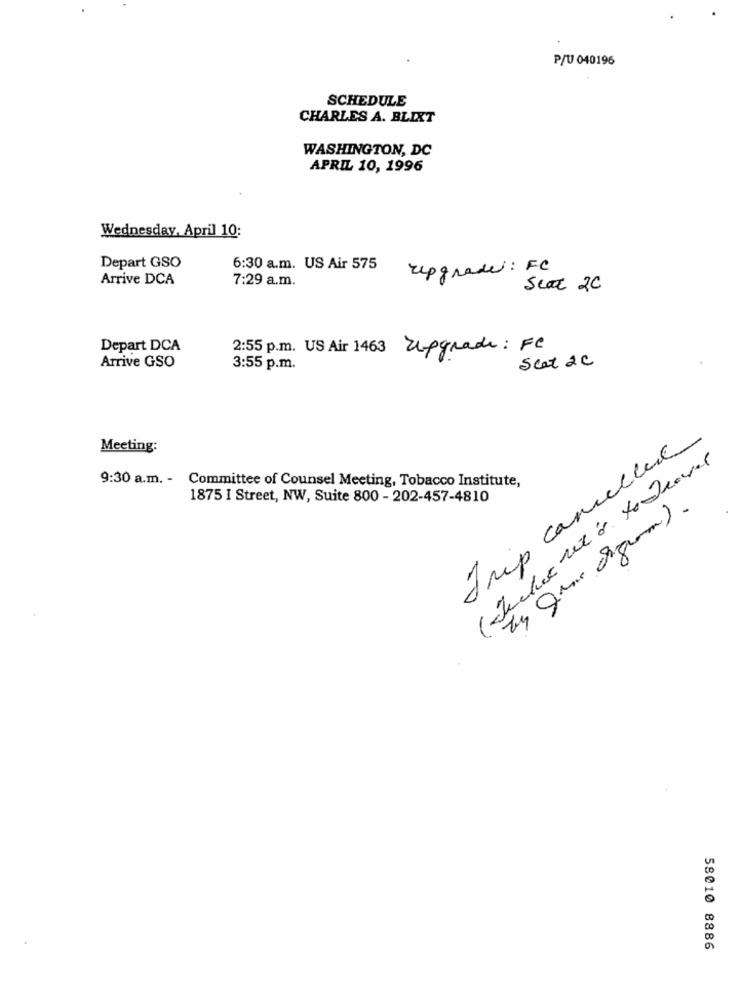
P/U 040196
SCHEDULE
CHARLES A. BLIXT
WASHINGTON, DC
APRIL 10, 1996
Wednesday, April 10:
Depart GSO
6:30 a.m. US Air 575
repgrade: FC
Arrive DCA
7:29 a.m.
scot 20
Depart DCA
2:55 p.m. US Air 1463 Zepgrade : FC
Arrive GSO
Scat 2c
3:55 p.m.
Meeting:
Trip cancellare
9:30 a.m. - Committee of Counsel Meeting, Tobacco Institute,
1875 I Street, NW, Suite 800 - 202-457-4810
58010 8886